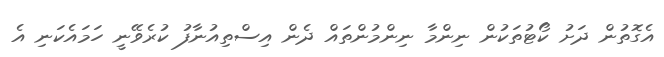
އެގޮތުން ދަށު ކޯޓުތަކުން ނިންމާ ނިންމުންތައް ދެން އިސްތިއުނާފު ކުރެވޭނީ ހަމައެކަނި އެ